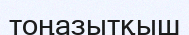
тоңазытқыш